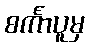
စင်္ကာပူမှ